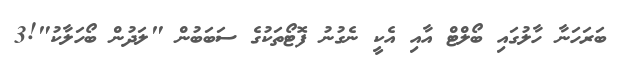
ބަރަހަނާ ހާލުގައި ބޯލްޓް އާއި އެކީ ނެގުނު ފޮޓޯތަކުގެ ސަބަބުން "ލަދުން ބޯހަލާކު"!3